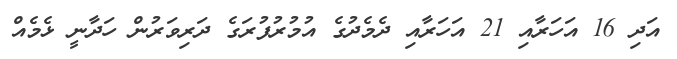
އަދި 16 އަހަރާއި 21 އަހަރާއި ދެމެދުގެ އުމުރުފުރަގެ ދަރިވަރުން ހަދާނީ ޅެމެއް